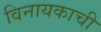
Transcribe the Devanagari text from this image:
विनायकाची